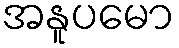
အနူပမော